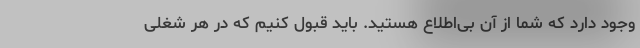
وجود دارد که شما از آن بی‌اطلاع هستید. باید قبول کنیم که در هر شغلی